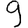
Digit: 9